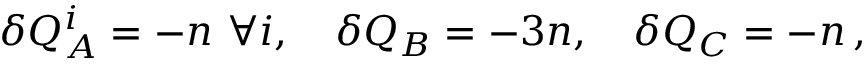
\delta Q _ { A } ^ { i } = - n \ \forall i , \quad \delta Q _ { B } = - 3 n , \quad \delta Q _ { C } = - n \, ,